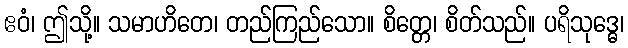
ဧဝံ၊ ဤသို့။ သမာဟိတေ၊ တည်ကြည်သော။ စိတ္တေ၊ စိတ်သည်။ ပရိသုဒ္ဓေ၊